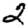
Digit: 2